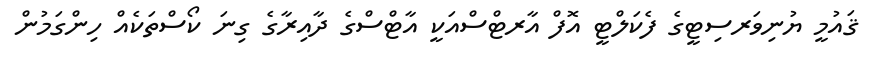
ޤައުމީ ޔުނިވަރސިޓީގެ ފެކަލްޓީ އޮފް އާރޓްސްއަކީ އާޓްސްގެ ދާއިރާގެ ގިނަ ކޯސްތަކެއް ހިންގަމުން